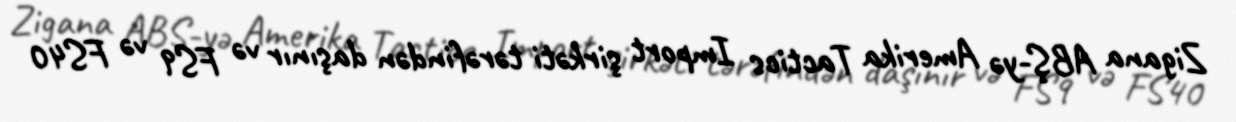
Zigana ABŞ-yə Amerika Tactics Import şirkəti tərəfindən daşınır və FS9 və FS40